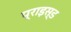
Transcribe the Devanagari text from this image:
प्राइस्ड